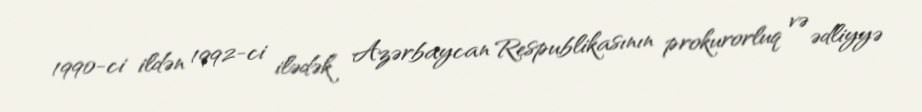
1990-ci ildən 1992-ci ilədək Azərbaycan Respublikasının prokurorluq və ədliyyə